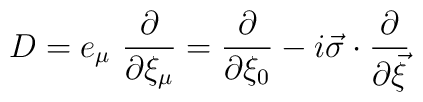
D= e_{\mu} ~\frac{\partial}{\partial \xi_{\mu}} = \frac{\partial}{\partial \xi_{0}} -i\vec{\sigma} \cdot \frac{\partial}{\partial \vec{\xi}}